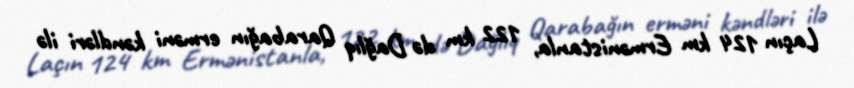
Laçın 124 km Ermənistanla, 122 km də Dağlıq Qarabağın erməni kəndləri ilə